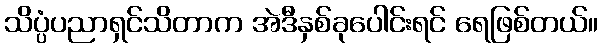
သိပ္ပံပညာရှင်သိတာက အဲဒီနှစ်ခုပေါင်းရင် ရေဖြစ်တယ်။